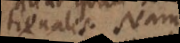
rationalis. Nam